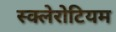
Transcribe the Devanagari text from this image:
स्क्लेरोटियम